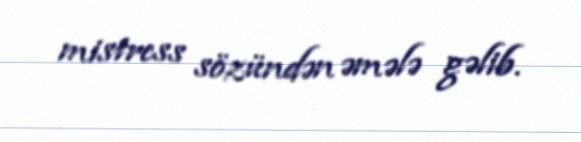
mistress sözündən əmələ gəlib.